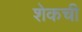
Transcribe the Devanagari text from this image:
शेकची